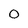
Character: 0